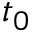
t _ { 0 }